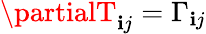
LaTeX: \partialT_{\mathbf{i}j}=\Gamma_{\mathbf{i}j}